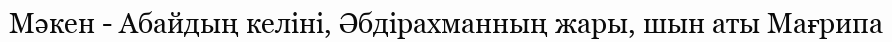
Мәкен - Абайдың келіні, Әбдірахманның жары, шын аты Мағрипа